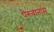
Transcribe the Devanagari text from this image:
पेरुवानाम